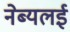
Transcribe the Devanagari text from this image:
नेब्यलई